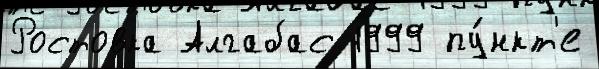
Ростовка Алгабас 1999 пу́нкт'е